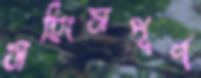
সহিংসপূর্ণ